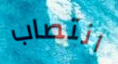
انتصاب